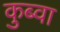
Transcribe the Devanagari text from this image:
कुब्वा